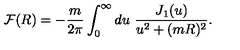
{ \cal F } ( R ) = - \frac { m } { 2 \pi } \int _ { 0 } ^ { \infty } d u \ \frac { J _ { 1 } ( u ) } { u ^ { 2 } + ( m R ) ^ { 2 } } .